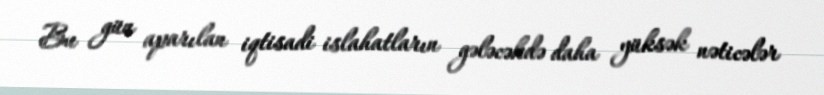
Bu gün aparılan iqtisadi islahatların gələcəkdə daha yüksək nəticələr